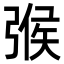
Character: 㢿